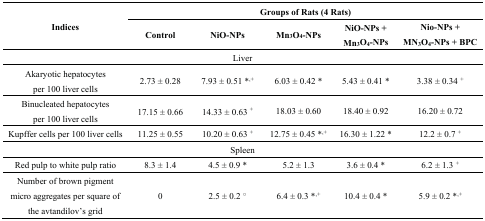
| <ROWSPAN=2> Indices | <COLSPAN=5> Groups of Rats (4 Rats) |
 | Control | NiO-NPs | Mn3O4-NPs | NiO-NPs + Mn3O4-NPs | Nio-NPs + MN3O4-NPs + BPC |
 | --- | --- | --- | --- | --- | --- |
 | <COLSPAN=6> Liver |
 | Akaryotic hepatocytes per 100 liver cells | 2.73 ± 0.28 | 7.93 ± 0.51 *,+ | 6.03 ± 0.42 * | 5.43 ± 0.41 * | 3.38 ± 0.34 + |
 | Binucleated hepatocytes per 100 liver cells | 17.15 ± 0.66 | 14.33 ± 0.63 + | 18.03 ± 0.60 | 18.40 ± 0.92 | 16.20 ± 0.72 |
 | Kupffer cells per 100 liver cells | 11.25 ± 0.55 | 10.20 ± 0.63 + | 12.75 ± 0.45 *,+ | 16.30 ± 1.22 * | 12.2 ± 0.7 + |
 | <COLSPAN=6> Spleen |
 | Red pulp to white pulp ratio | 8.3 ± 1.4 | 4.5 ± 0.9 * | 5.2 ± 1.3 | 3.6 ± 0.4 * | 6.2 ± 1.3 + |
 | Number of brown pigment micro aggregates per square of the avtandilov’s grid | 0 | 2.5 ± 0.2 ○ | 6.4 ± 0.3 *,+ | 10.4 ± 0.4 * | 5.9 ± 0.2 *,+ |